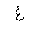
Letter: _gayn